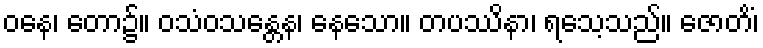
ဝနေ၊ တော၌။ ဝသံဝသန္တေန၊ နေသော။ တပဿိနာ၊ ရသေ့သည်။ ဇောတိံ၊